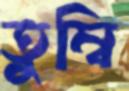
তুম্বি